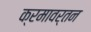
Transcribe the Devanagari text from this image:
क्रमावर्तन